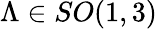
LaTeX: \Lambda\in SO(1,3)